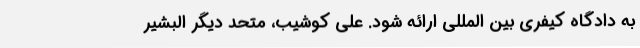
به دادگاه کیفری بین المللی ارائه شود. علی کوشیب، متحد دیگر البشیر